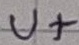
Text: U+